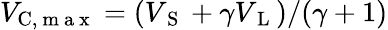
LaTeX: V_{\mathrm{C},\mathrm{~m~a~x~}}=(V_{\mathrm{~S~}}+\gamma V_{\mathrm{~L~}})/(\gamma+1)